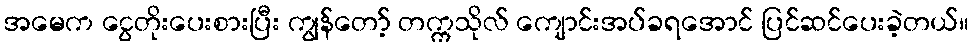
အမေက ငွေတိုးပေးစားပြီး ကျွန်တော့် တက္ကသိုလ် ကျောင်းအပ်ခရအောင် ပြင်ဆင်ပေးခဲ့တယ်။